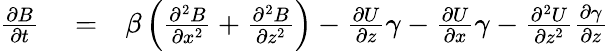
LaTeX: \begin{array}{rlr}{\frac{\partial B}{\partial t}}&{{}=}&{\beta\left({\frac{\partial^{2}B}{\partial x^{2}}+\frac{\partial^{2}B}{\partial z^{2}}}\right)-\frac{\partial U}{\partial z}\gamma-\frac{\partial U}{\partial x}\gamma-\frac{\partial^{2}U}{\partial z^{2}}\frac{\partial\gamma}{\partial z}}\end{array}